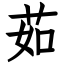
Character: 茹